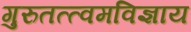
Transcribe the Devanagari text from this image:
गुरुतत्त्वमविज्ञाय